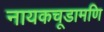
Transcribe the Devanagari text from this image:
नायकचूडामणि